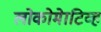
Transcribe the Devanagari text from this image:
लोकोमेाटिव्ह